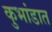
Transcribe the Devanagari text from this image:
कुभांडात